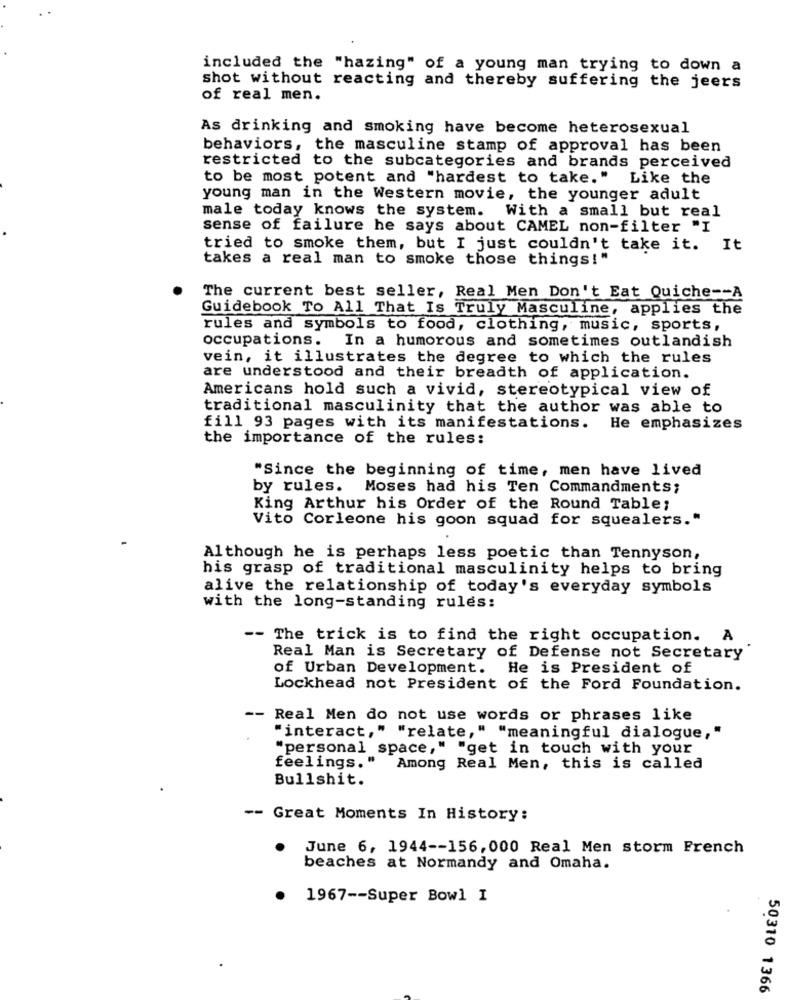
included the "hazing" of a young man trying to down a
shot without reacting and thereby suffering the jeers
of real men.
As drinking and smoking have become heterosexual
behaviors, the masculine stamp of approval has been
restricted to the subcategories and brands perceived
to be most potent and "hardest to take."
Like the
young man in the Western movie, the younger adult
male today knows the system. With a small but real
sense of failure he says about CAMEL non-filter "I
tried to smoke them, but I just couldn't take it. It
takes a real man to smoke those things!"
The current best seller, Real Men Don't Eat Quiche -- A
Guidebook To All That Is Truly Masculine, applies the
rules and symbols to food, clothing, music, sports,
occupations. In a humorous and sometimes outlandish
vein, it illustrates the degree to which the rules
are understood and their breadth of application.
Americans hold such a vivid, stereotypical view of
traditional masculinity that the author was able to
fill 93 pages with its manifestations.
He emphasizes
the importance of the rules:
"Since the beginning of time, men have lived
by rules.
Moses had his Ten Commandments;
King Arthur his Order of the Round Table;
Vito Corleone his goon squad for squealers."
Although he is perhaps less poetic than Tennyson,
his grasp of traditional masculinity helps to bring
alive the relationship of today's everyday symbols
with the long-standing rules:
-- The trick is to find the right occupation. A
Real Man is Secretary of Defense not Secretary
of Urban Development. He is President of
Lockhead not President of the Ford Foundation.
-- Real Men do not use words or phrases like
"interact," "relate," "meaningful dialogue,"
"personal space," "get in touch with your
feelings." Among Real Men, this is called
Bullshit.
-- Great Moments In History:
June 6, 1944 -- 156,000 Real Men storm French
beaches at Normandy and Omaha.
1967 -- Super Bowl I
50310 1366